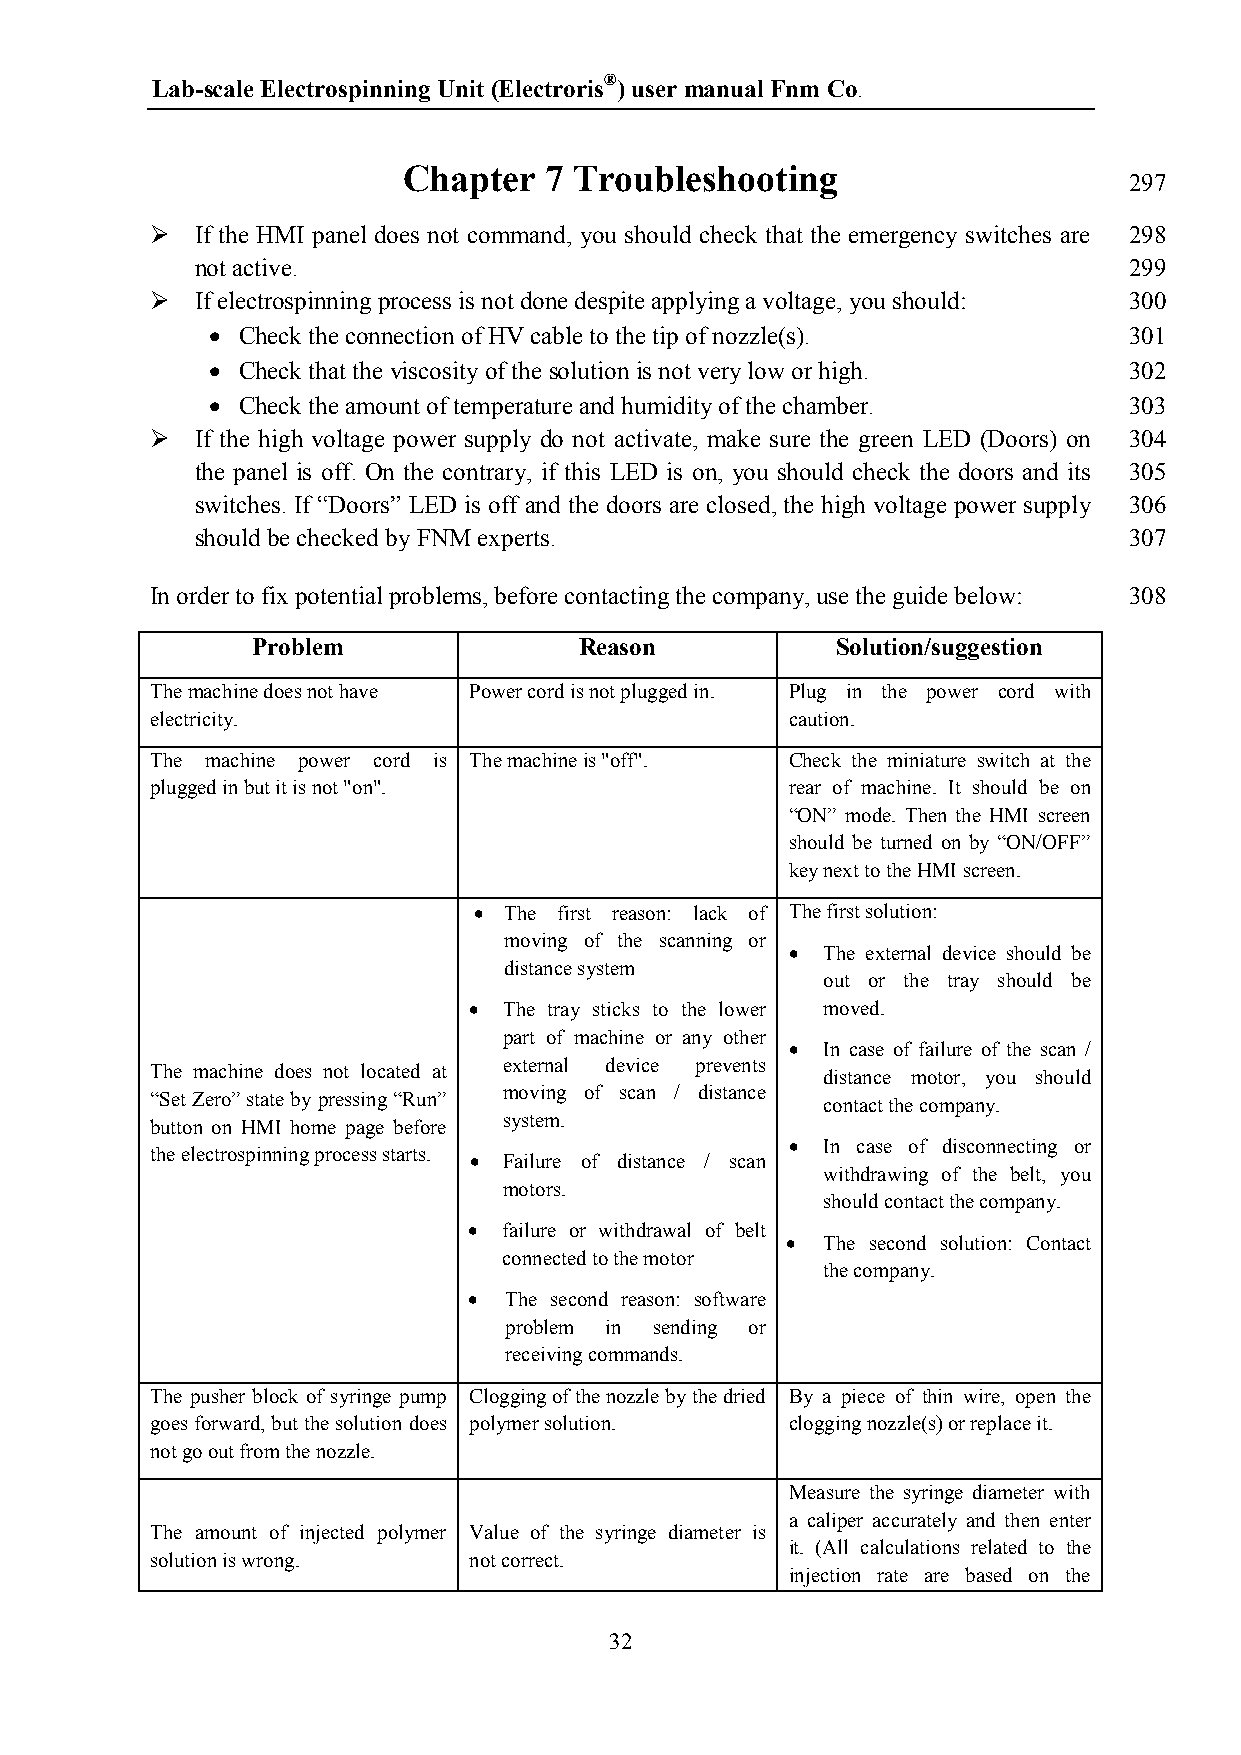
Lab-scale Electrospinning Unit (Electroris®) user manual Fnm Co.
 Chapter  7 Troubleshooting
 297
   If the HMI panel does not command, you should check that the emergency switches are 298
 not active.                                                   299
   If electrospinning process is not done despite applying a voltage, you should: 300
  Check the connection of HV cable to the tip of nozzle(s).  301
  Check that the viscosity of the solution is not very low or high. 302
  Check the amount of temperature and humidity of the chamber. 303
   If the high voltage power supply do not activate, make sure the green LED (Doors) on 304
 the panel is off. On the contrary, if this LED is on, you should check the doors and its 305
 switches. If “Doors” LED is off and the doors are closed, the high voltage power supply 306
 should be checked by FNM experts.                             307
 In order to fix potential problems, before contacting the company, use the guide below: 308
 Problem              Reason           Solution/suggestion
 The machine does not have Power cord is not plugged in. Plug in the power cord with
 electricity.                              caution.
 The machine power cord is The machine is "off". Check the miniature switch at the
 plugged in but it is not "on".            rear of machine. It should be on
 “ON” mode. Then the HMI screen
 should be turned on by “ON/OFF”
 key next to the HMI screen.
  The first reason: lack of The first solution:
 moving of the scanning or
  The external device should be
 distance system
 out or the tray should be
  The tray sticks to the lower moved.
 part of machine or any other
  In case of failure of the scan /
 external device prevents
 The machine does not located at             distance motor, you should
 moving of scan / distance
 “Set Zero” state by pressing “Run”          contact the company.
 system.
 button on HMI home page before
  In case of disconnecting or
 the electrospinning process starts.
  Failure of distance / scan
 withdrawing of the belt, you
 motors.
 should contact the company.
  failure or withdrawal of belt
  The second solution: Contact
 connected to the motor
 the company.
  The second reason: software
 problem in sending or
 receiving commands.
 The pusher block of syringe pump Clogging of the nozzle by the dried By a piece of thin wire, open the
 goes forward, but the solution does polymer solution. clogging nozzle(s) or replace it.
 not go out from the nozzle.
 Measure the syringe diameter with
 a caliper accurately and then enter
 The amount of injected polymer Value of the syringe diameter is
 it. (All calculations related to the
 solution is wrong.   not correct.
 injection rate are based on the
 32